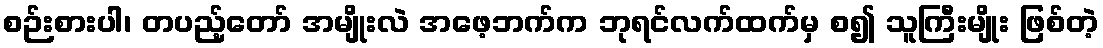
စဉ်းစားပါ၊ တပည့်တော် အမျိုးလဲ အဖေ့ဘက်က ဘုရင်လက်ထက်မှ စ၍ သူကြီးမျိုး ဖြစ်တဲ့